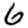
Digit: 6